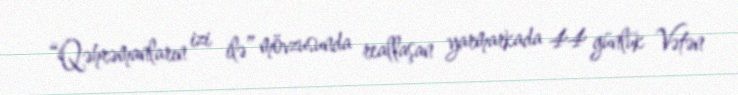
“Qəhrəmanların izi ilə” mövzusunda reallaşan yarmarkada 44 günlük Vətən